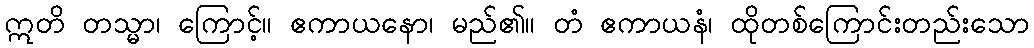
ဣတိ တသ္မာ၊ ကြောင့်။ ဧကာယနော၊ မည်၏။ တံ ဧကာယနံ၊ ထိုတစ်ကြောင်းတည်းသော